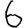
Digit: 6